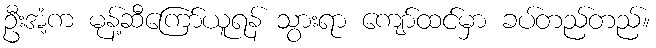
ဦးအံ့က မုန့်ဆီကြော်ယူရန် သွားရာ ကျော်ထင်မှာ ခပ်တည်တည်။